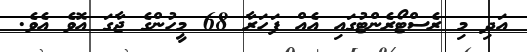
އަދި މި ރެސްޓޯރެންޓުގައި އެއް ފަހަރާ 68 މީހުންގެ ޖާގަ އޮވެ އެވެ.